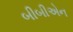
બીબીએન